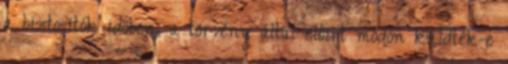
a biztosítók időben, a törvény által előírt módon küldték-e